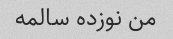
من نوزده سالمه